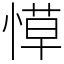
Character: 愺